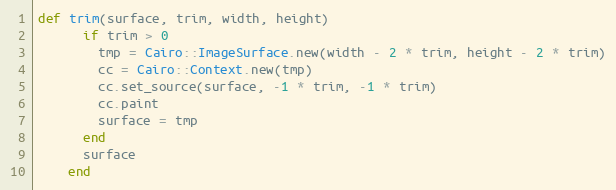
Language: Ruby
def trim(surface, trim, width, height)
      if trim > 0
        tmp = Cairo::ImageSurface.new(width - 2 * trim, height - 2 * trim)
        cc = Cairo::Context.new(tmp)
        cc.set_source(surface, -1 * trim, -1 * trim)
        cc.paint
        surface = tmp
      end
      surface
    end